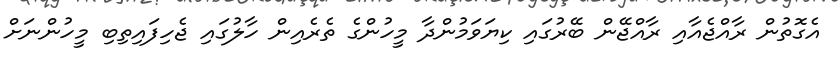
އެގޮތުން ރާއްޖެއާއި ރާއްޖޭން ބޭރުގައި ކިޔަވަމުންދާ މީހުންގެ ތެރެއިން ހާލުގައި ޖެހިފައިތިބި މީހުންނަށް